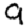
Digit: 9